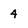
Character: 4